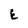
Character: E